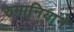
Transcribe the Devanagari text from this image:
रुमानियाने